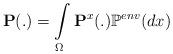
LaTeX: \begin{align*}\textbf{P}(.)=\int\limits_\Omega \textbf{P}^x(.) \mathbb{P}^{env}(dx)\end{align*}